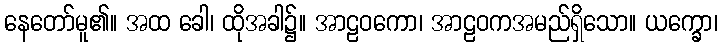
နေတော်မူ၏။ အထ ခေါ၊ ထိုအခါ၌။ အာဠဝကော၊ အာဠဝကအမည်ရှိသော။ ယက္ခော၊